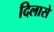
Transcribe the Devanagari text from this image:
दिलासे